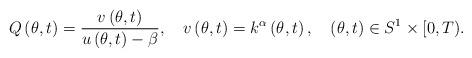
LaTeX: \begin{align*}Q\left( \theta,t\right) =\frac{v\left( \theta,t\right) }{u\left(\theta,t\right) -\beta},\ \ \ v\left( \theta,t\right) =k^{\alpha}\left(\theta,t\right) ,\ \ \ \left( \theta,t\right) \in S^{1}\times\lbrack0,T).\end{align*}